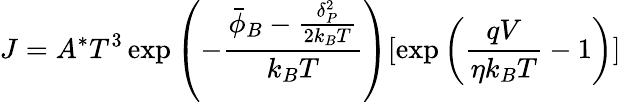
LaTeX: J=A^{*}T^{3}\exp\left(-\frac{\bar{\phi}_{B}-\frac{\delta_{P}^{2}}{2k_{B}T}}{k_{B}T}\right)[\exp\left(\frac{qV}{\eta k_{B}T}-1\right)]